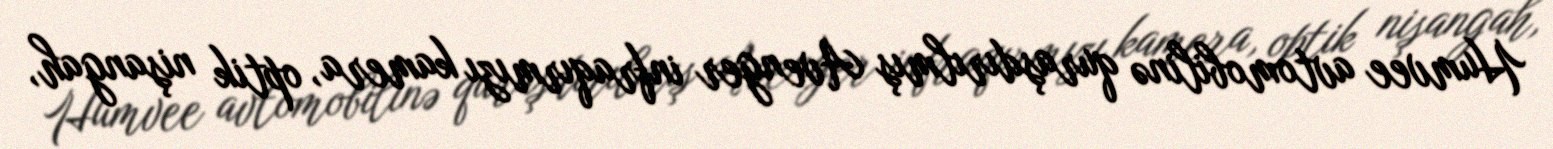
Humvee avtomobilinə quraşdırılmış Avenger infraqırmızı kamera, optik nişangah,